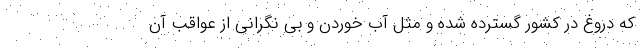
که دروغ در کشور گسترده شده و مثل آب خوردن و بی نگرانی از عواقب آن